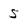
Character: 5